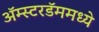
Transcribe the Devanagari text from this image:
ॲम्स्टरडॅममध्ये